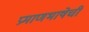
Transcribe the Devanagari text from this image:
प्रमाणभाषेची